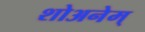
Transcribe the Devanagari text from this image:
शोअनेम्